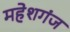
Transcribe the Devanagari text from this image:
महेशगंज